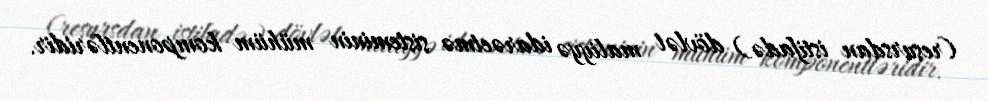
(resursdan istifadə) dövlət maliyyə idarəetmə sisteminin mühüm komponentləridir.